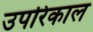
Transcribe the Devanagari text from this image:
उपरिकाल